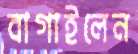
বাগাইলেন